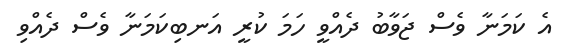
އެ ކަމަނާ ވެސް ޖަވާބު ދެއްވީ ހަމަ ކުރީ އަނބިކަމަނާ ވެސް ދެއްވި